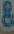
&